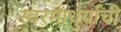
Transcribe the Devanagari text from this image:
स्वरमाधुर्याची